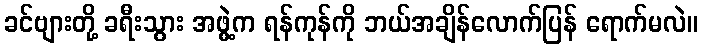
ခင်ဗျားတို့ ခရီးသွား အဖွဲ့က ရန်ကုန်ကို ဘယ်အချိန်လောက်ပြန် ရောက်မလဲ။